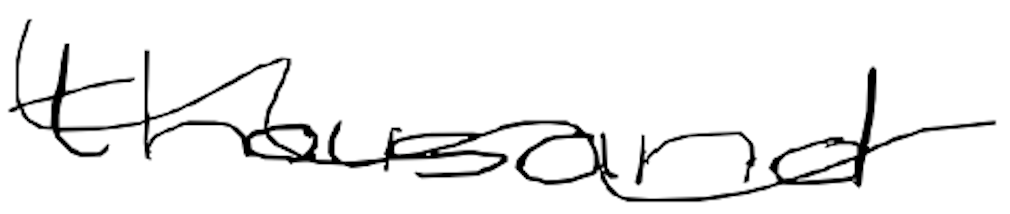
Text: thousand
Cross-out: wave
Writing tool: digital_black